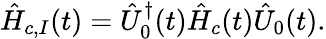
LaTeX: \hat{H}_{c,I}(t)=\hat{U}_{0}^{\dagger}(t)\hat{H}_{c}(t)\hat{U}_{0}(t).